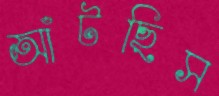
আঁটছিস